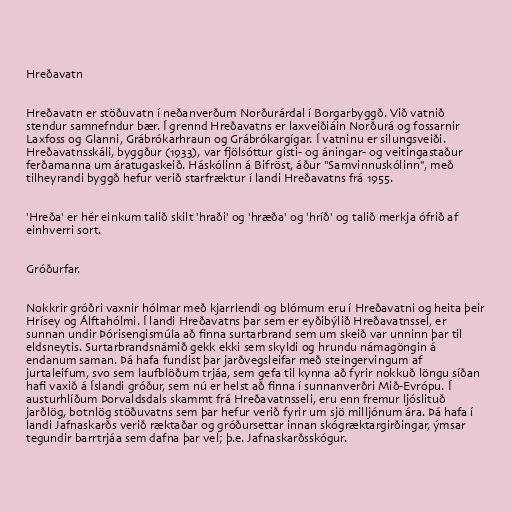
Hreðavatn

Hreðavatn er stöðuvatn í neðanverðum Norðurárdal í Borgarbyggð. Við vatnið
stendur samnefndur bær. Í grennd Hreðavatns er laxveiðiáin Norðurá og fossarnir
Laxfoss og Glanni, Grábrókarhraun og Grábrókargígar. Í vatninu er silungsveiði.
Hreðavatnsskáli, byggður (1933), var fjölsóttur gisti- og áningar- og veitingastaður
ferðamanna um áratugaskeið. Háskólinn á Bifröst, áður "Samvinnuskólinn", með
tilheyrandi byggð hefur verið starfræktur í landi Hreðavatns frá 1955.

'Hreða' er hér einkum talið skilt 'hraði' og 'hræða' og 'hríð' og talið merkja ófrið af
einhverri sort.

Gróðurfar.

Nokkrir gróðri vaxnir hólmar með kjarrlendi og blómum eru í Hreðavatni og heita þeir
Hrísey og Álftahólmi. Í landi Hreðavatns þar sem er eyðibýlið Hreðavatnssel, er
sunnan undir Þórisengismúla að finna surtarbrand sem um skeið var unninn þar til
eldsneytis. Surtarbrandsnámið gekk ekki sem skyldi og hrundu námagöngin á
endanum saman. Þá hafa fundist þar jarðvegsleifar með steingervingum af
jurtaleifum, svo sem laufblöðum trjáa, sem gefa til kynna að fyrir nokkuð löngu síðan
hafi vaxið á Íslandi gróður, sem nú er helst að finna í sunnanverðri Mið-Evrópu. Í
austurhlíðum Þorvaldsdals skammt frá Hreðavatnsseli, eru enn fremur ljóslituð
jarðlög, botnlög stöðuvatns sem þar hefur verið fyrir um sjö milljónum ára. Þá hafa í
landi Jafnaskarðs verið ræktaðar og gróðursettar innan skógræktargirðingar, ýmsar
tegundir barrtrjáa sem dafna þar vel; þ.e. Jafnaskarðsskógur.